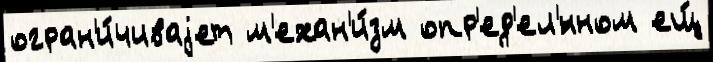
огран'и́чиваjет м'ехан'и́зм опр'ед'ел'́нном ещ́